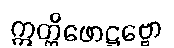
ဣတ္ထိဖောဋ္ဌဗ္ဗော